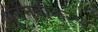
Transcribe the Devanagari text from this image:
पुर्ननवीकरण